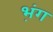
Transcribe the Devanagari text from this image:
भ़ंग